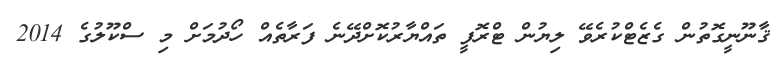
ޤާނޫނީގޮތުން ގެޒެޓްކުރެވޭ ލިޔުން ޓްރޮފީ ތައްޔާރުކޮށްދޭނެ ފަރާތެއް ހޯދުމަށް މި ސްކޫލުގެ 2014